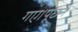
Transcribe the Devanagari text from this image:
गए।पूछने